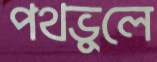
পথভুলে